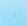
أقرر